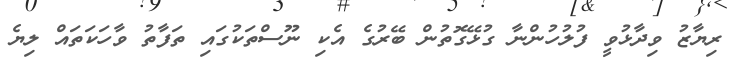
ރިޔާޒު ވިދާޅުވީ ފުލުހުންނާ ގުޅޭގޮތުން ބޭރުގެ އެކި ނޫސްތަކުގައި ތަފާތު ވާހަކަތައް ލިޔެ